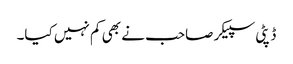
ڈپٹی سپیکر صاحب نے بھی کم نہیں کیا۔